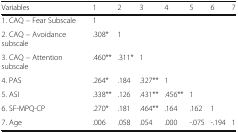
| Variables | 1 | 2 | 3 | 4 | 5 | 6 | 7 |
 | --- | --- | --- | --- | --- | --- | --- | --- |
 | 1. CAQ – Fear Subscale | 1 |  |  |  |  |  |  |
 | 2. CAQ – Avoidance subscale | .308* | 1 |  |  |  |  |  |
 | 3. CAQ – Attention subscale | .460** | .311* | 1 |  |  |  |  |
 | 4. PAS | .264* | .184 | .327** | 1 |  |  |  |
 | 5. ASI | .338** | .126 | .431** | .456** | 1 |  |  |
 | 6. SF-MPQ-CP | .270* | .181 | .464** | .164 | .162 | 1 |  |
 | 7. Age | .006 | .058 | .054 | .000 | -.075 | -.194 | 1 |